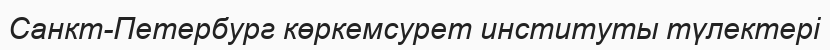
Санкт-Петербург көркемсурет институты түлектері